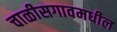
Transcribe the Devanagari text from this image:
चाळीसगावमधील